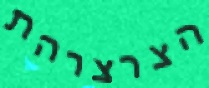
הצרצרהת